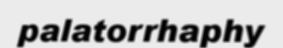
palatorrhaphy